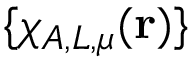
\{ \chi _ { A , L , \mu } ( \mathbf { r } ) \}